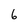
Character: 6